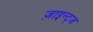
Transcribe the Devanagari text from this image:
ज़ाइन्ट्ज